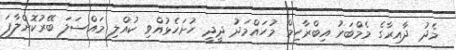
މެދު ދާއިރާގެ މެމްބަރު އިބްރާހިމް މުހައްމަދު ދީދީ ހުށަހެޅުއްވި ކުއްލި މައްސަލަ ބޭރުކޮށްލާފަ